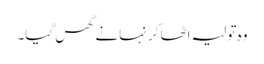
وہ تولیہ اٹھا کر نہانے گھس گیا۔